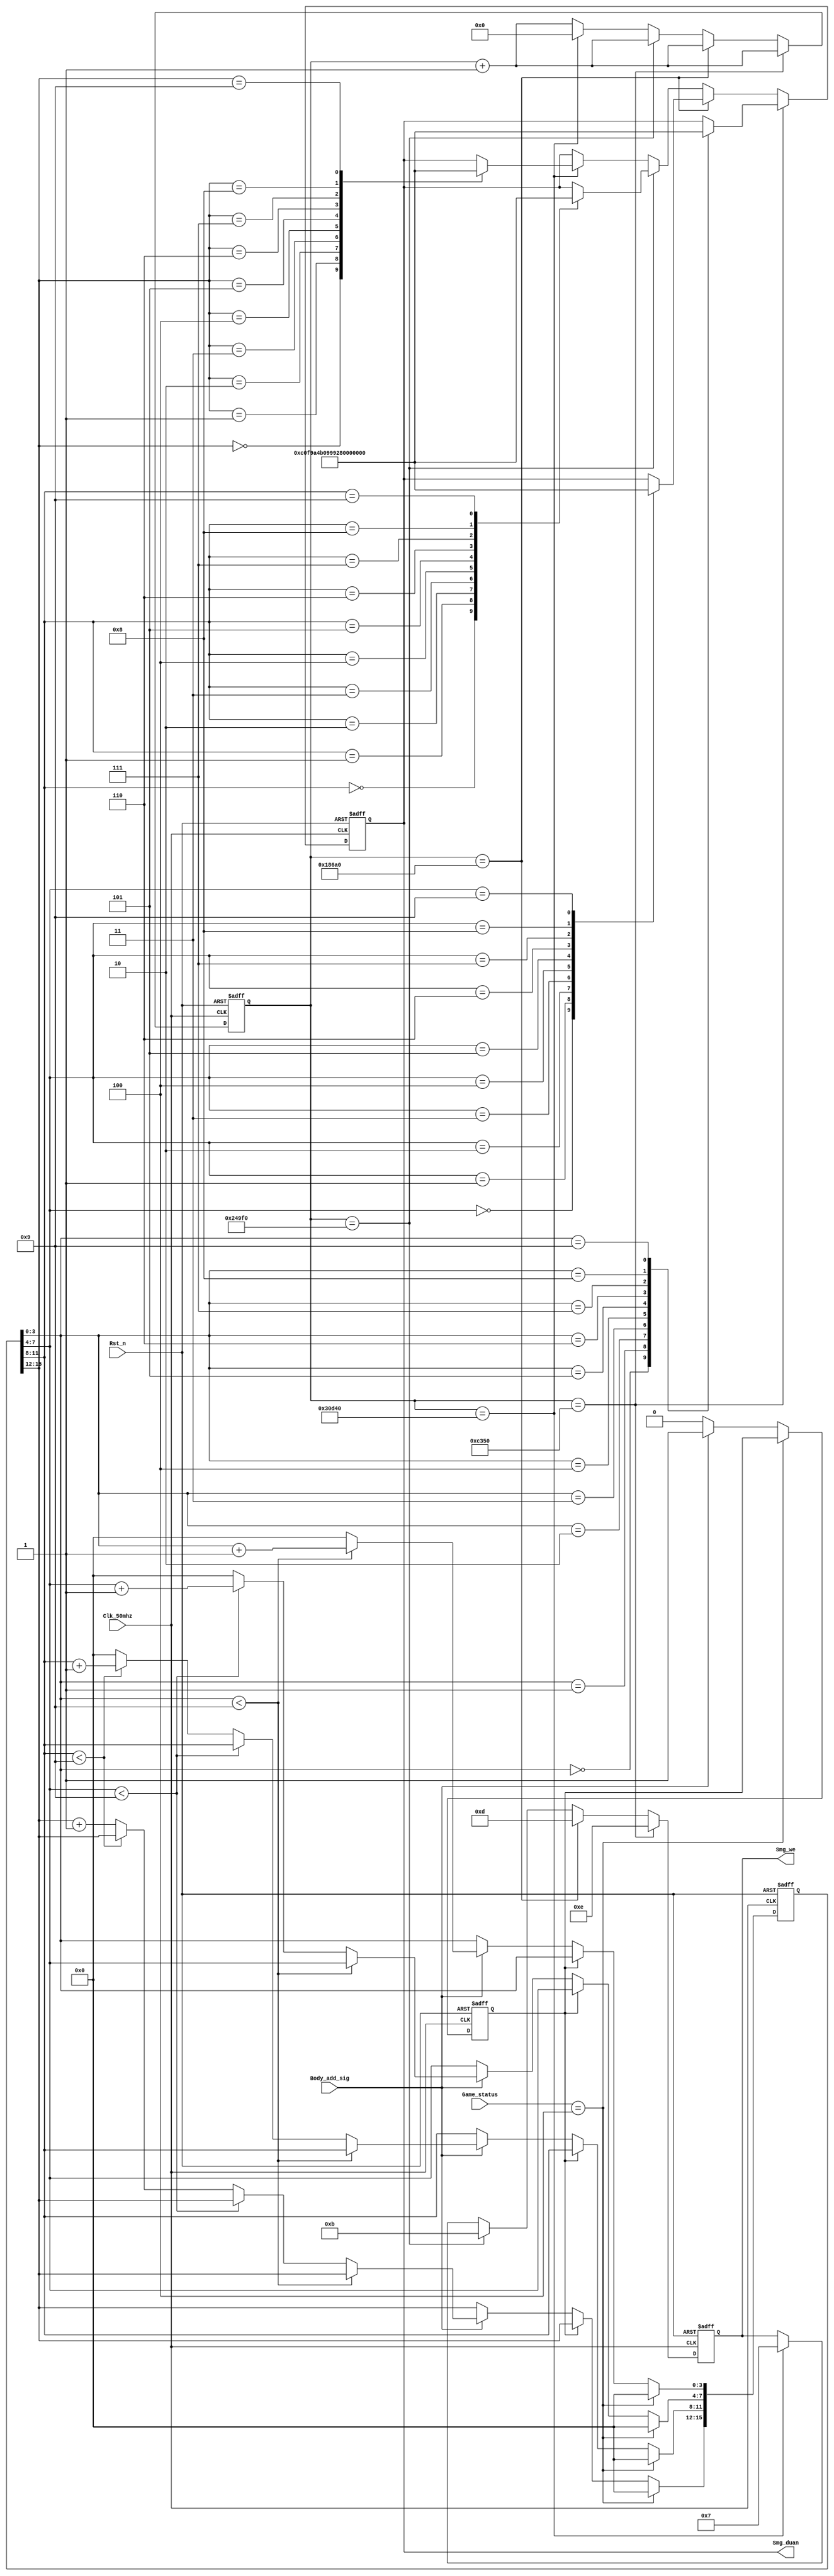
module Smg_display_module//
(
	input Clk_50mhz,//50M
	input Rst_n,//
	
	input Body_add_sig,//
	input [2:0] Game_status,//3START001PLAY010END100
	
	output reg [7:0] Smg_duan,//
	output reg [3:0] Smg_we//
);
/***************************************************************************/
	reg [15:0] Points;//
	reg [31:0] Count1;//32
	
	
	parameter   END = 3'b100;
	
	
	always@(posedge Clk_50mhz or negedge Rst_n)
	begin
		if(!Rst_n)
		begin
			Smg_duan <= 8'd0;
			Count1 <= 32'd0;
			Smg_we <= 4'b0000;	
		end
		else
		begin
			if(Count1 == 32'd5_0000)//1ms
			begin
				Smg_we <= 4'b1110;//3,0
				Count1 <= Count1 + 32'd1;//
				case(Points[3:0])//0~910
					4'b0000:
								Smg_duan <= 8'b1100_0000;
					4'b0001:
								Smg_duan <= 8'b1111_1001;
					4'b0010:
								Smg_duan <= 8'b1010_0100;
					
					4'b0011:
								Smg_duan <= 8'b1011_0000;
					4'b0100:
								Smg_duan <= 8'b1001_1001;
					4'b0101:
								Smg_duan <= 8'b1001_0010;
					
					4'b0110:
								Smg_duan <= 8'b1000_0010;
					4'b0111:
								Smg_duan <= 8'b1111_1000;
					4'b1000:
								Smg_duan <= 8'b1000_0000;
					4'b1001:
								Smg_duan <= 8'b1001_0000;
				endcase
			end
			else if(Count1 == 32'd10_0000)//2ms
					begin
						Smg_we <= 4'b1101;//0
						Count1 <= Count1 + 32'd1;//
						case(Points[7:4])//0~910
							4'b0000:
											Smg_duan <= 8'b1100_0000;
							4'b0001:
											Smg_duan <= 8'b1111_1001;
							4'b0010:
											Smg_duan <= 8'b1010_0100;
							
							4'b0011:
											Smg_duan <= 8'b1011_0000;
							4'b0100:
											Smg_duan <= 8'b1001_1001;
							4'b0101:
											Smg_duan <= 8'b1001_0010;
							
							4'b0110:
											Smg_duan <= 8'b1000_0010;
							4'b0111:
											Smg_duan <= 8'b1111_1000;
							4'b1000:
											Smg_duan <= 8'b1000_0000;
							4'b1001:
											Smg_duan <= 8'b1001_0000;							
						endcase
					end
			
			else if(Count1 == 32'd15_0000)//3ms
					begin
						Smg_we <= 4'b1011;
						Count1 <= Count1 + 32'd1;//
						case(Points[11:8])//0~910
							4'b0000:
										Smg_duan <= 8'b1100_0000;
							4'b0001:
										Smg_duan <= 8'b1111_1001;
							4'b0010:
										Smg_duan <= 8'b1010_0100;
							4'b0011:
										Smg_duan <= 8'b1011_0000;
							4'b0100:
										Smg_duan <= 8'b1001_1001;
							4'b0101:
										Smg_duan <= 8'b1001_0010;
							4'b0110:
										Smg_duan <= 8'b1000_0010;
							4'b0111:
										Smg_duan <= 8'b1111_1000;
							4'b1000:
										Smg_duan <= 8'b1000_0000;
							4'b1001:
										Smg_duan <= 8'b1001_0000;				
						endcase
					end
			
			else if(Count1 == 32'd20_0000)//4ms
					begin
						Count1 <= 32'd0;//
						Smg_we <= 4'b0111;
						case(Points[15:12])//0~910
							4'b0000:
										Smg_duan <= 8'b1100_0000;
							4'b0001:
										Smg_duan <= 8'b1111_1001;
							4'b0010:
										Smg_duan <= 8'b1010_0100;
							
							4'b0011:
										Smg_duan <= 8'b1011_0000;
							4'b0100:
										Smg_duan <= 8'b1001_1001;
							4'b0101:
										Smg_duan <= 8'b1001_0010;
							
							4'b0110:
										Smg_duan <= 8'b1000_0010;
							4'b0111:
										Smg_duan <= 8'b1111_1000;
							4'b1000:
										Smg_duan <= 8'b1000_0000;
							4'b1001:
										Smg_duan <= 8'b1001_0000;					
						endcase
					end				
			else
				Count1 <= Count1 + 32'd1;
		end	
	end
	
	
	reg Eaten_sig;//
	
	always @ (posedge Clk_50mhz or negedge Rst_n)
	begin
		if(!Rst_n)
		begin
			Points <= 16'd0;
			Eaten_sig <= 1'd0;
		end
		else if(Game_status == END)
				Points <= 16'd0;
		else 
		begin
			case(Eaten_sig)
				1'd0		:
				begin
					if(Body_add_sig)//BCD
					begin
						if(Points[3:0] < 4'd9)//49,1001
							Points[3:0] <= Points[3:0] + 4'd1;
						else
						begin
							Points[3:0] <= 4'd0;//
							if(Points[7:4] < 4'd9)
								Points[7:4] <= Points[7:4] + 4'd1;
							else
							begin
								Points[7:4] <= 4'd0;//
								if(Points[11:8] < 4'd9)
									Points[11:8] <= Points[11:8] + 4'd1;
								else 
								begin
									Points[11:8] <= 4'd0;//
									Points[15:12] <= Points[15:12] + 4'd1;
								end
							end
						end								
						Eaten_sig <= 1'd1;//
					end
				end
				1'd1		:
					if(!Body_add_sig)//0
						Eaten_sig <= 1'd0;	
			endcase
		end							
	end	
		
endmodule